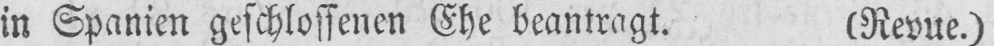
in Spanien geschlossenen Ehe beantragt. (Revue.)